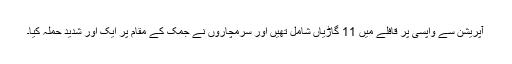
آپریشن سے واپسی پر قافلے میں 11 گاڑیاں شامل تھیں اور سرمچاروں نے جمک کے مقام پر ایک اور شدید حملہ کیا۔